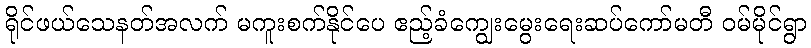
ရိုင်ဖယ်သေနတ်အလက် မကူးစက်နိုင်ပေ ဧည့်ခံကျွေးမွေးရေးဆပ်ကော်မတီ ဝမ်မိုင်ရွာ